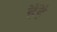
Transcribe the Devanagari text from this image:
हैंहै